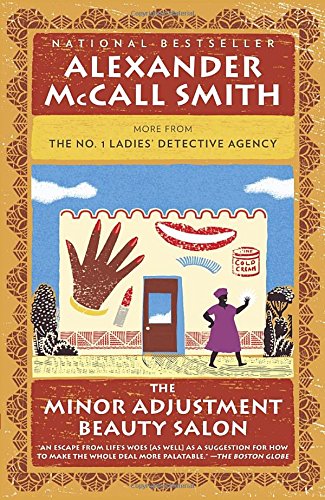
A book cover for The Minor Adjustment Beauty Salon (No. 1 Ladies' Detective Agency Series); Alexander McCall Smith; Mystery, Thriller & Suspense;